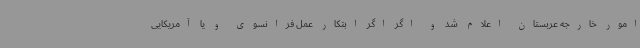
امور خارجه عربستان اعلام شد و اگر اگر ابتکار عمل فرانسوی و یا آمریکایی